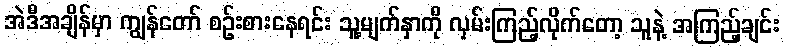
အဲဒီအချိန်မှာ ကျွန်တော် စဉ်းစားနေရင်း သူ့မျက်နှာကို လှမ်းကြည့်လိုက်တော့ သူနဲ့ အကြည့်ချင်း